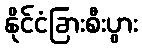
နိုင်ငံခြားစီးပွား